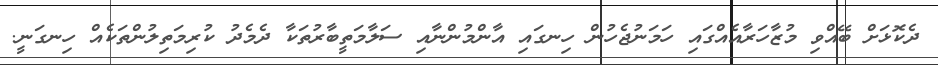
ދެކޮޅަށް ބޭއްވި މުޒާހަރާއެއްގައި ހަމަނުޖެހުން ހިނގައި އާންމުންނާއި ސަލާމަތީބާރުތަކާ ދެމެދު ކުރިމަތިލުންތަކެއް ހިނގަނީ.